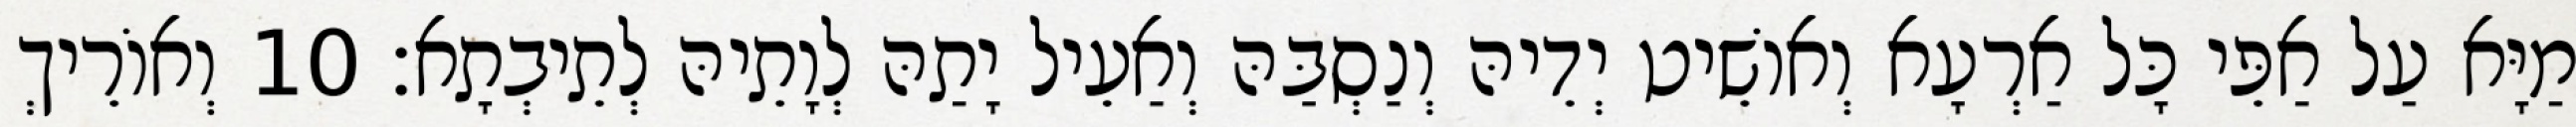
מַיָּא עַל אַפֵּי כָּל אַרְעָא וְאוֹשֵׁיט יְדֵיהּ וְנַסְבַּהּ וְאַעֵיל יָתַהּ לְוָתֵיהּ לְתֵיבְתָא׃ 10 וְאוֹרֵיךְ